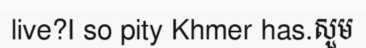
live?I so pity Khmer has.សួម